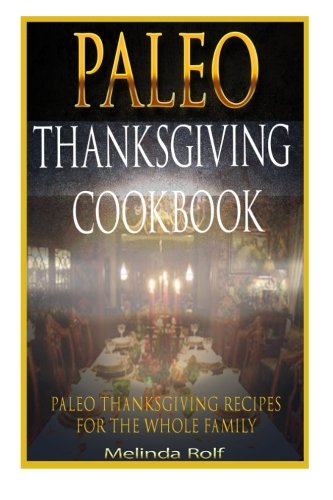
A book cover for Paleo Thanksgiving Cookbook: Paleo Thanksgiving Recipes for the Whole Family (The Home Life Series) (Volume 16); Melinda Rolf; Cookbooks, Food & Wine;